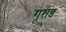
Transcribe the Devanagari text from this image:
गूराड